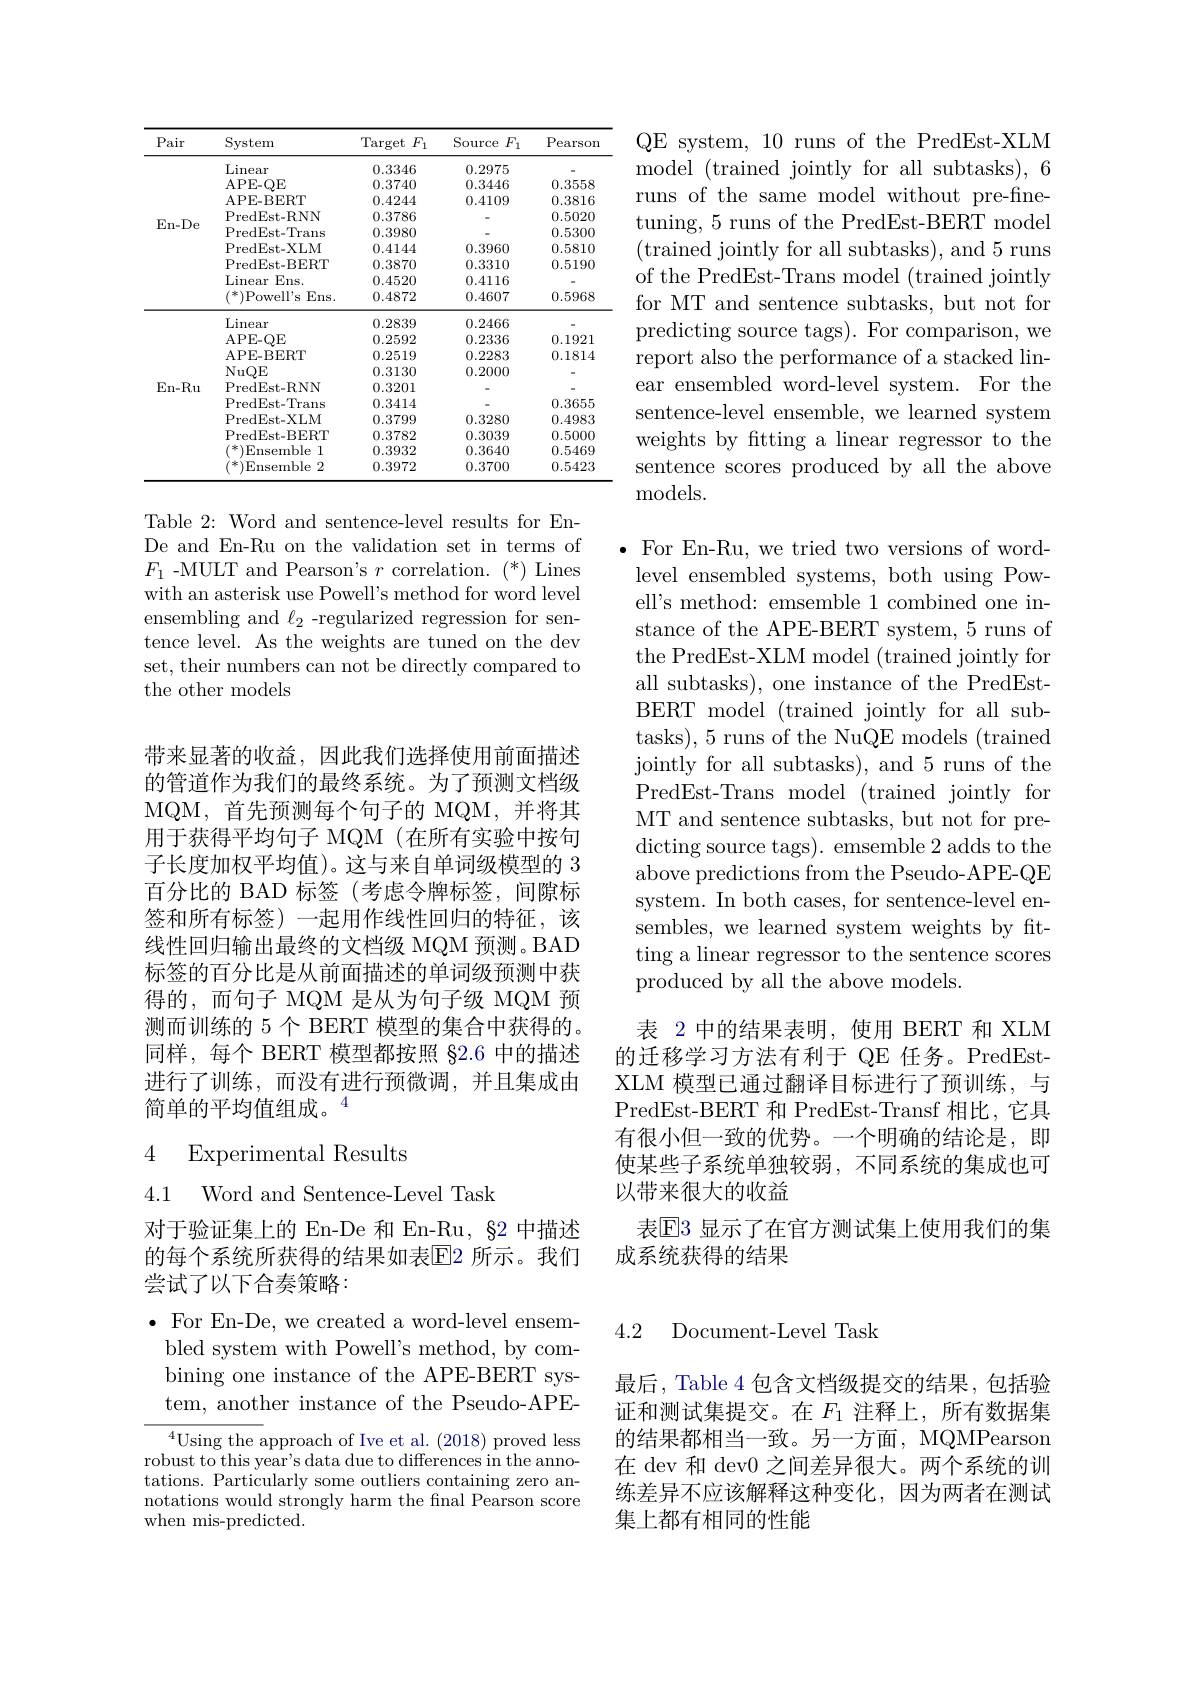
<table>
	<tbody>
		<tr>
			<th>Pair</th>
			<th>System</th>
			<th>Target $F_{1}$</th>
			<th>Source $F_{1}$</th>
			<th>Pearson</th>
		</tr>
		<tr>
			<td rowspan="9">En- De</td>
			<td>$\operatorname{Linear}$</td>
			<td>0.3346</td>
			<td>0.2975</td>
			<td> </td>
		</tr>
		<tr>
			<td>APE- QE</td>
			<td>0.3740</td>
			<td>0.3446</td>
			<td>0.3558</td>
		</tr>
		<tr>
			<td>APE- BERT</td>
			<td>0.4244</td>
			<td>0.4109</td>
			<td>0.3816</td>
		</tr>
		<tr>
			<td>PredEst-RNN</td>
			<td>0.3786</td>
			<td> </td>
			<td>0.5020</td>
		</tr>
		<tr>
			<td>PredEst- Trans</td>
			<td>0.3980</td>
			<td> </td>
			<td>0.5300</td>
		</tr>
		<tr>
			<td>PredEst-XLM</td>
			<td>0.4144</td>
			<td>0.3960</td>
			<td>0.5810</td>
		</tr>
		<tr>
			<td>PredEst- BERT</td>
			<td>0.3870</td>
			<td>0.3310</td>
			<td>0.5190</td>
		</tr>
		<tr>
			<td>$\operatorname{Linear}$ $Ens.$</td>
			<td>0.4520</td>
			<td>0.4116</td>
			<td> </td>
		</tr>
		<tr>
			<td>$(^*)$Powell's Ens.</td>
			<td>0.4872</td>
			<td>0.4607</td>
			<td>0.5968</td>
		</tr>
		<tr>
			<td> </td>
			<td>$\operatorname{Linear}$</td>
			<td>0.2839</td>
			<td>0.2466</td>
			<td> </td>
		</tr>
		<tr>
			<td rowspan="8">En- Ru</td>
			<td>APE- QE</td>
			<td>0.2592</td>
			<td>0.2336</td>
			<td>0.1921</td>
		</tr>
		<tr>
			<td>NuQE</td>
			<td>0.3130</td>
			<td>0.2000</td>
			<td> </td>
		</tr>
		<tr>
			<td>PredEst-RNN</td>
			<td>0.3201</td>
			<td> </td>
			<td> </td>
		</tr>
		<tr>
			<td>PredEst- Trans</td>
			<td>0.3414</td>
			<td> </td>
			<td>0.3655</td>
		</tr>
		<tr>
			<td>PredEst-XLM</td>
			<td>0.3799</td>
			<td>0.3280</td>
			<td>0.4983</td>
		</tr>
		<tr>
			<td>PredEst- BERT</td>
			<td>0.3782</td>
			<td>0.3039</td>
			<td>0.5000</td>
		</tr>
		<tr>
			<td>Ensemble l</td>
			<td>0.3932</td>
			<td>0.3640</td>
			<td>0.5469</td>
		</tr>
		<tr>
			<td>Ensemble 2</td>
			<td>0.3972</td>
			<td>0.3700</td>
			<td>0.5423</td>
		</tr>
	</tbody>
</table>

Table 2: Word and sentence-level results for EnDe and En-Ru on the validation set in terms of $F_{1}$ -MULT and Pearson's $r$ correlation. (*) Lines with an asterisk use Powell's method for word level ensembling and $\ell_2$ -regularized regression for sentence level. As the weights are tuned on the dev set, their numbers can not be directly compared to the other models

带来显著的收益，因此我们选择使用前面描述的管道作为我们的最终系统。为了预测文档级MQM, 首先预测每个句子的 MQM,并将其用于获得平均句子 MQM(在所有实验中按句子长度加权平均值)。这与来自单词级模型的 3百分比的 BAD 标签(考虑令牌标签，间隙标签和所有标签) 一起用作线性回归的特征，该线性回归输出最终的文档级 MQM 预测。BAD 标签的百分比是从前面描述的单词级预测中获得的，而句子 MQM 是从为句子级 MQM 预测而训练的 5 个 BERT 模型的集合中获得的。同样，每个 BERT 模型都按照 §2.6 中的描述进行了训练，而没有进行预微调，并且集成由简单的平均值组成。$^{4}$

## 4 Experimental Results

4.1 Word and Sentence-Level Task

对于验证集上的 En-De 和 En-Ru, 82 中描述的每个系统所获得的结果如表$\overline{\mathrm{E}}$2 所示。我们尝试了以下合奏策略：

4.2 Document-Level Task

$\bullet$ For En-De, we created a word-level ensembled system with Powell's method, by combining one instance of the APE-BERT system, another instance of the Pseudo-APE-

$^{4}$Using the approach of Ive et al. (2018)proved less robust to this year's data due to differences in the annotations. Particularly some outliers containing zero annotations would strongly harm the fnal Pearson score when mis-predicted.

QE system, 10 runs of the PredEst-XLM model (trained jointly for all subtasks),6 runs of the same model without pre-finetuning, 5 runs of the PredEst-BERT model (trained jointly for all subtasks), and 5 runs of the PredEst-Trans model (trained jointly for MT and sentence subtasks, but not for predicting source tags). For comparison, we report also the performance of a stacked linear ensembled word-level system. For the sentence-level ensemble, we learned system weights by ftting a linear regressor to the sentence scores produced by all the above ${\mathrm{models.}}$

$\bullet$ For En-Ru, we tried two versions of wordlevel ensembled systems, both using Powell's method: emsemble 1 combined one instance of the APE-BERT system, 5 runs of the PredEst-XLM model (trained jointly for all subtasks), one instance of the PredEstBERT model (trained jointly for all subtasks), 5 runs of the NuQE models (trained jointly for all subtasks), and 5 runs of the PredEst-Trans model (trained jointly for MT and sentence subtasks, but not for predicting source tags). emsemble 2 adds to the above predictions from the Pseudo-APE-QE system. In both cases, for sentence-level ensembles, we learned system weights by fitting a linear regressor to the sentence scores produced by all the above models.

表 2 中的结果表明，使用 BERT 和 XLM 的迁移学习方法有利于 QE 任务。PredEstXLM 模型已通过翻译目标进行了预训练，与PredEst-BERT 和 PredEst-Transf 相比，它具有很小但一致的优势。一个明确的结论是，即使某些子系统单独较弱，不同系统的集成也可以带来很大的收益
表$\mathbb{E}$3 显示了在官方测试集上使用我们的集
成系统获得的结果

最后，Table 4 包含文档级提交的结果，包括验证和测试集提交。在$F_1$注释上，所有数据集的结果都相当一致。另一方面，MQMPearson 在 dev 和 dev0 之间差异很大。两个系统的训练差异不应该解释这种变化，因为两者在测试集上都有相同的性能